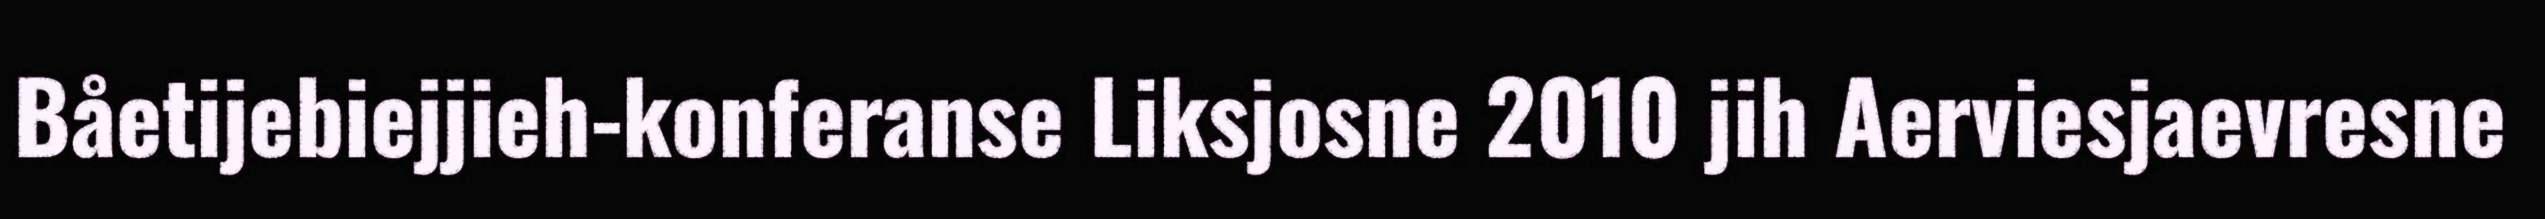
Båetijebiejjieh-konferanse Liksjosne 2010 jih Aerviesjaevresne